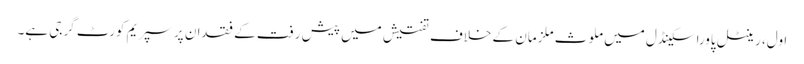
اول، رینٹل پاوراسکینڈل میں ملوث ملزمان کے خلاف تفتیش میں پیش رفت کے فقدان پر سپریم کورٹ گرجی ہے۔